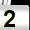
Digit: 2